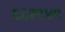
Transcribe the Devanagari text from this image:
६६१९४९